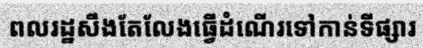
ពលរដ្ឋសឹងតែលែងធ្វើដំណើរទៅកាន់ទីផ្សារ